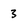
Character: 3